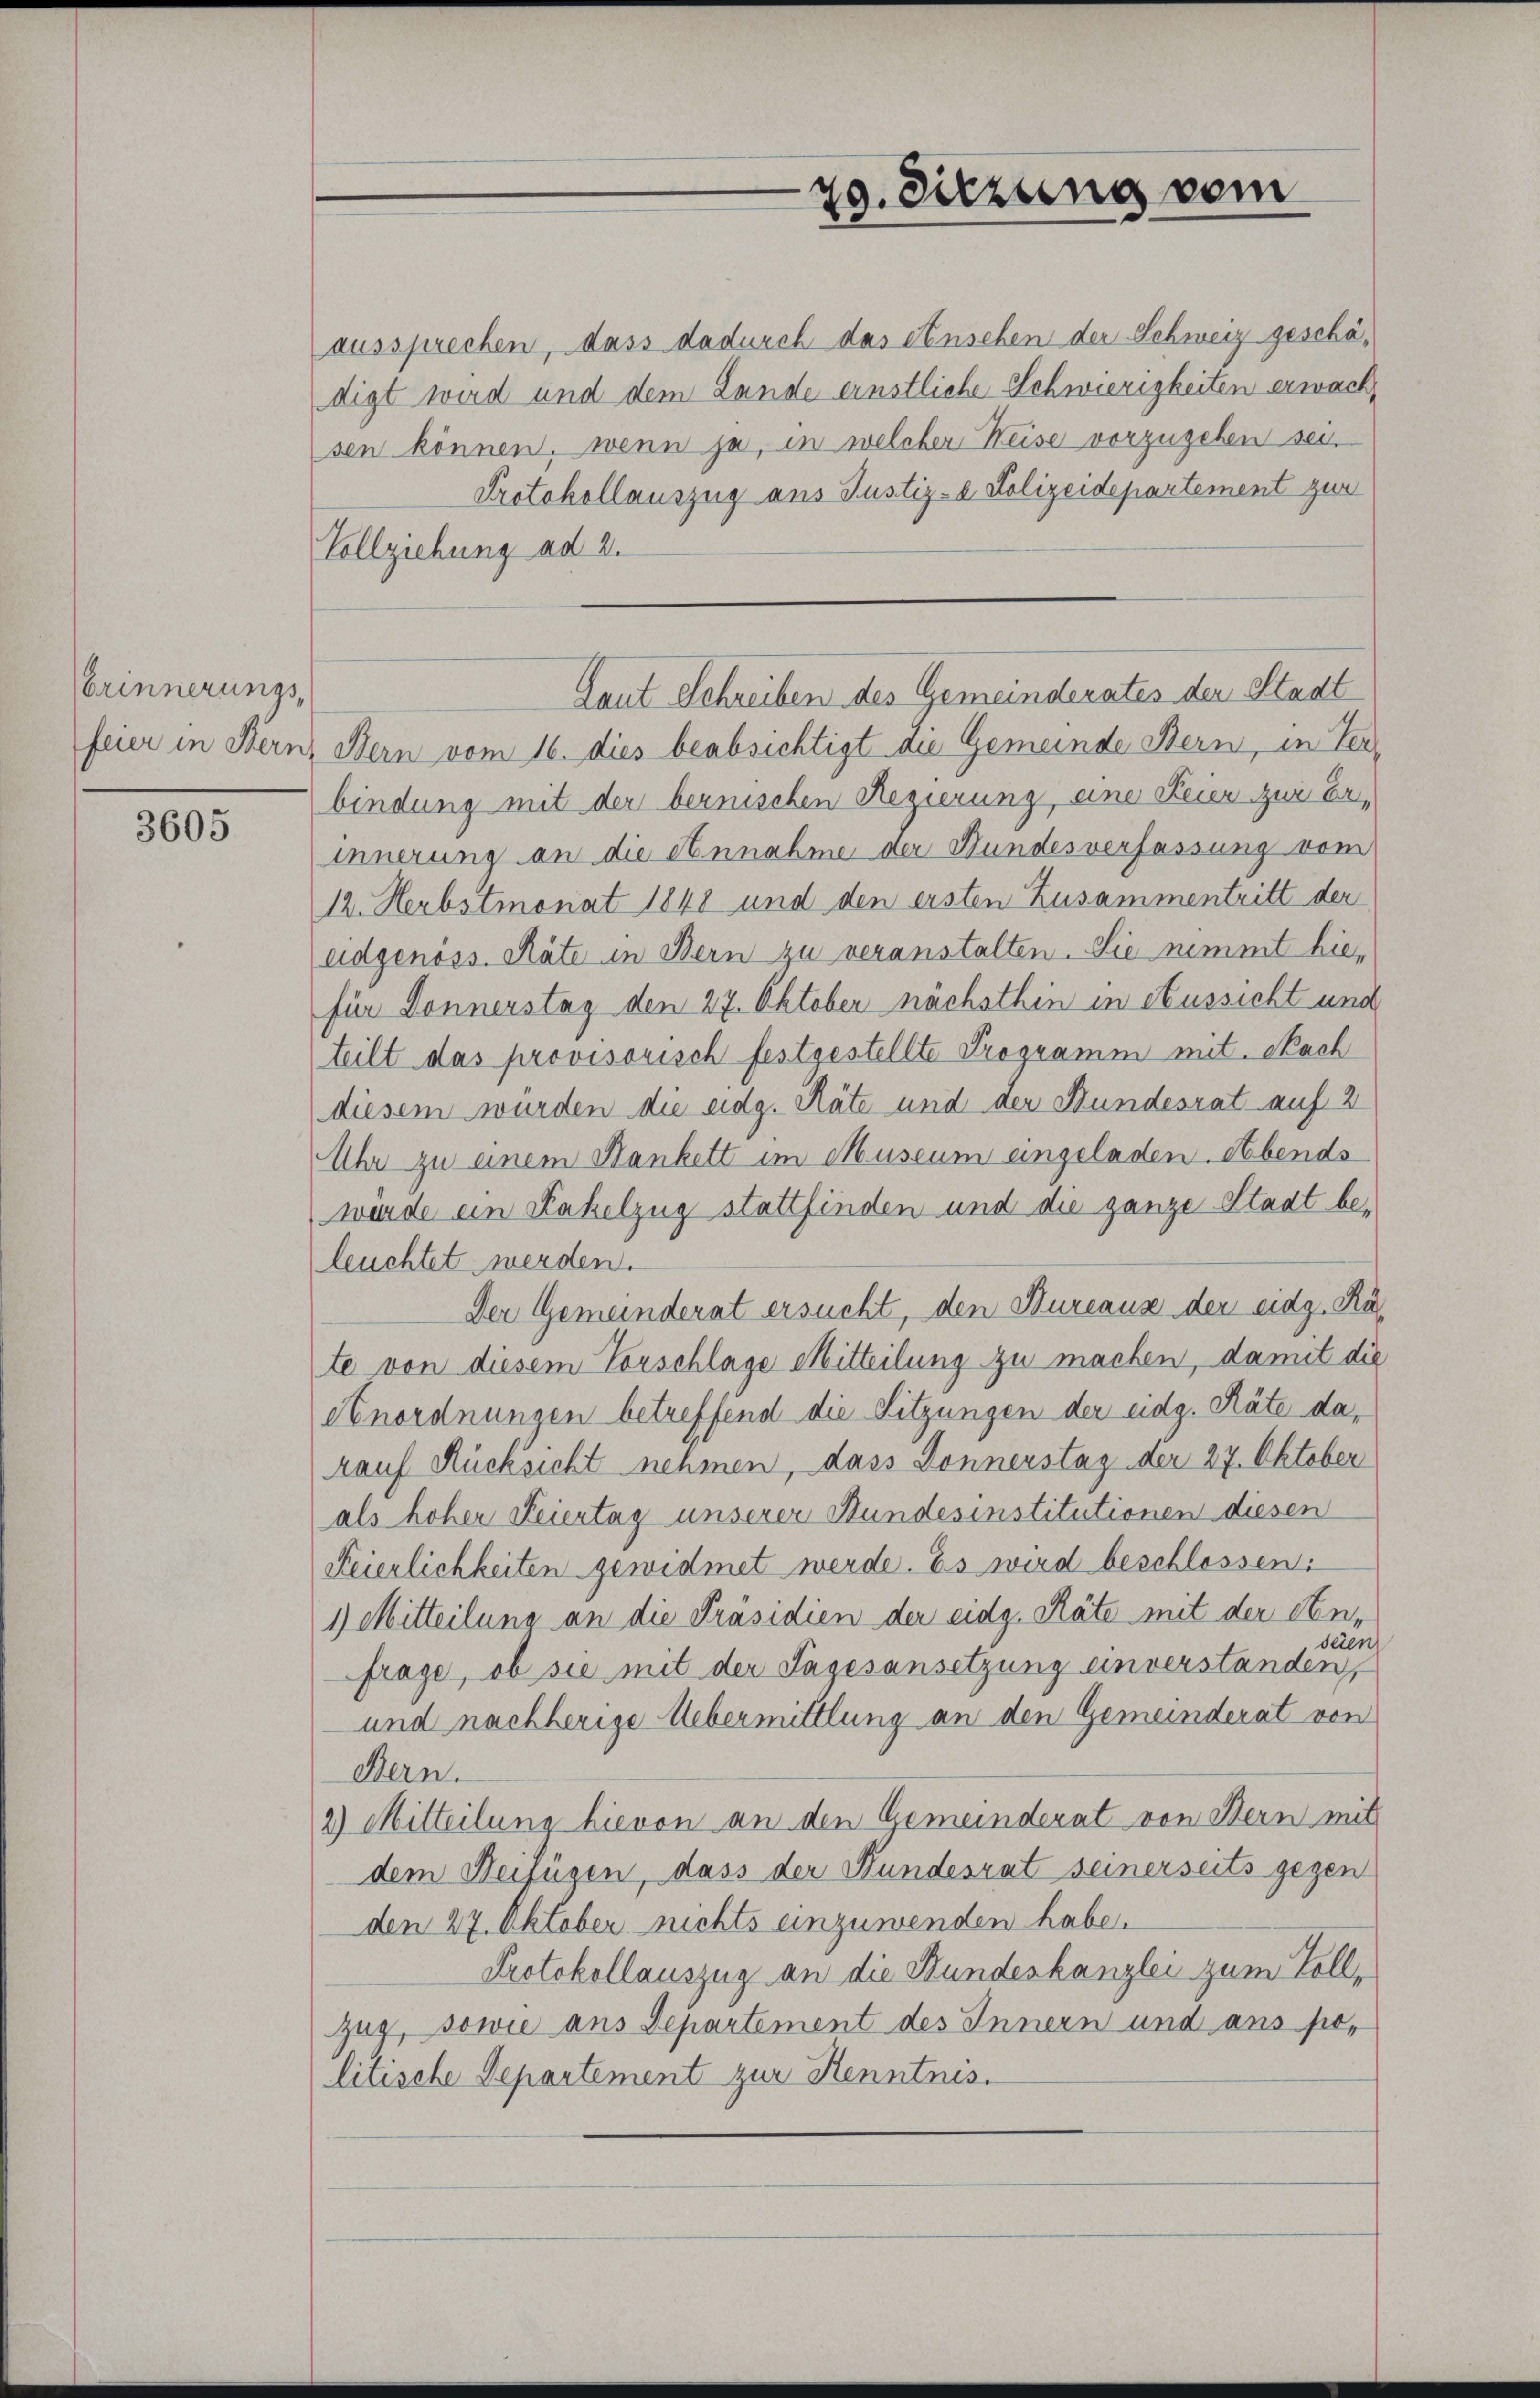
Erinnerungs¬

3605

aussprechen, dass dadurch das einschen der Schweiz geschädigt wird und dem Lande einstliche Schwierigkeiten erwachsen können, wenn ja, in welcher Weise vorzugehen sei.
Protokollauszug aus Justiz- & Polizeidepartement zur
Vollziehung ad 2.
feier in Bern, Bern vom 16. dies beabsichtigt die Gemeinde Bern, in Verbindung mit der bernischen Regierung, eine Feier zur Erinnerung an die Annahme der Hundesverfassung vom
12. Herbstmonat 1848 und den ersten Zusammentritt der
eidgenöss. Räte in Bern zu veranstalten. Sie nimmt hiefür Donnerstag den 27. Oktober nächsthin in Aussicht und
teilt das provisorisch festgestellte Programm mit Sach
diesem würden die eidg. Räte und der Bundesrat auf 2
Uhr zu einem Hankett im Museum eingeladen. Abends
würde ein Kakelzug stattfinden und die ganze Stadt beleuchtet werden.
Der Gemeinderat ersucht, den Bureaus der eidg. Räte von diesem Vorschlage Mitteilung zu machen, damit die
eEnordnungen betreffend die Sitzungen der eidg. Räte dakauf Rücksicht nehmen, dass Donnerstag der 27. Oktober
als hoher Feiertag unserer Stundesinstitutionen diesen
Feierlichkeiten gewidmet werde. Es wird beschlossen:
1) Mitteilung an die Präsidien der eidg. Räte mit der An-
seien
frage, ob sie mit der Tagesansetzung einverständen,
und nachherige Uebermittlung an den Gemeinderat von
Bern.
2) Mitteilung hievon an den Gemeinderat von Bern mit
dem Beifügen, dass der Kundesrat seinerseits gegen
den 27. Oktober nichts einzuwenden habe.
Protokollauszug an die Bundeskanzlei zum Voll¬
Zug, sowie aus Departement des Innern und ans politische Departement zur Kenntnis.

29. Sitzung vom

Laut Schreiben des Gemeinderates der Stadt